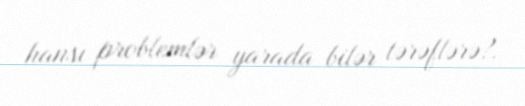
hansı problemlər yarada bilər tərəflərə?.